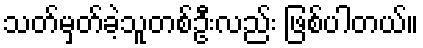
သတ်မှတ်ခဲ့သူတစ်ဦးလည်း ဖြစ်ပါတယ်။